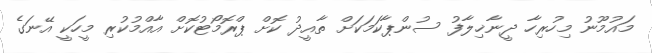
މައުމޫނު މިހުރިހާ ދީނާޚިލާފު ސުންޕާކަމަކަށް ތާއީދު ކޮށް ޕްރޮމޯޓުކޮށް އާއްމުކުރި މީހަކީ އޭނަގެ